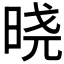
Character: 𣇈